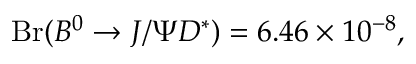
\mathrm { B r } ( { B } ^ { 0 } \to J / \Psi D ^ { * } ) = 6 . 4 6 \times 1 0 ^ { - 8 } ,